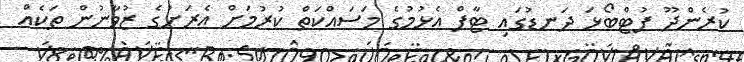
ކުރެންދޫ ފުޓްބޯޅަ ދަނޑުގައި ޓާފް އެޅުމުގެ މަސައްކަތް ކުރުމަށް އެރަށުގެ ޒުވާނުން ތަކެއް